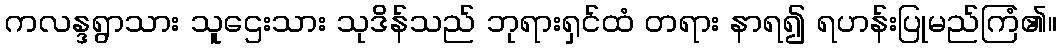
ကလန္ဒရွာသား သူဌေးသား သုဒိန်သည် ဘုရားရှင်ထံ တရား နာရ၍ ရဟန်းပြုမည်ကြံ၏။